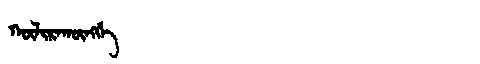
Manchu: ᡴᡡᠯᡳᡵᠠᡴᡡᠩᡤᡝ
Romanization: KŪLIRAKŪNGGE